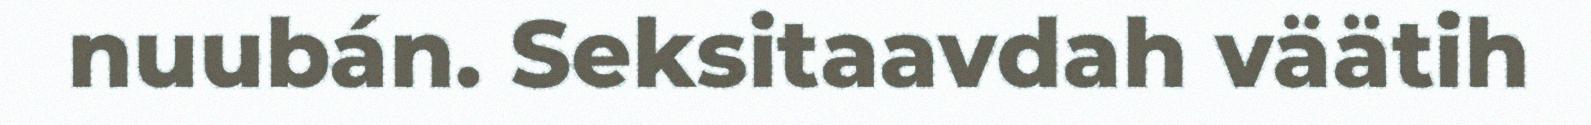
nuubán. Seksitaavdah väätih